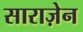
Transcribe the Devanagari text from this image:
साराज़ेन